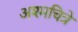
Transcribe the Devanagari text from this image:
अश्मचित्रे